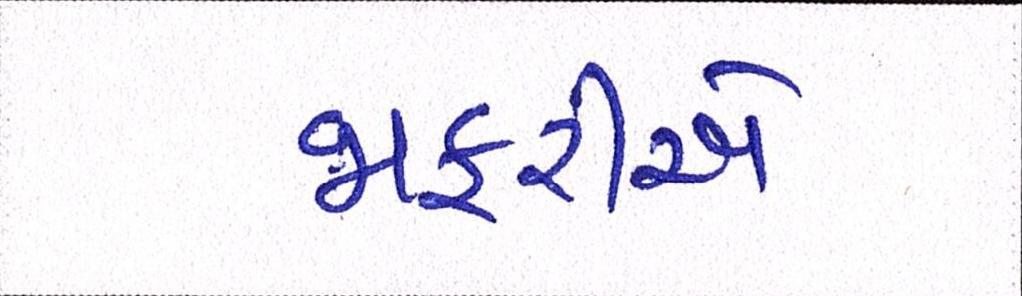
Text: જાફરીએ